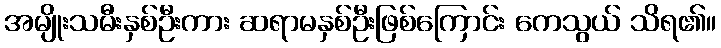
အမျိုးသမီးနှစ်ဦးကား ဆရာမနှစ်ဦးဖြစ်ကြောင်း ကေသွယ် သိရ၏။